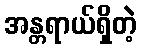
အန္တရာယ်ရှိတဲ့